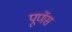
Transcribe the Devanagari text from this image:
पूर्णेस